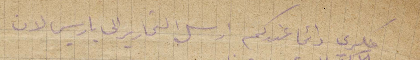
فكري دائمًا عندكم ارسل التحارير الى باريس لان